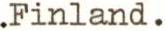
.Finland.